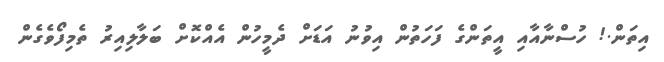
އިތަން.! ހުސްނާއާއި އީތަންގެ ފަހަތުން އިވުނު އަޑަށް ދެމީހުން އެއްކޮށް ބަލާލިއިރު ތެމިފޯވެގެން